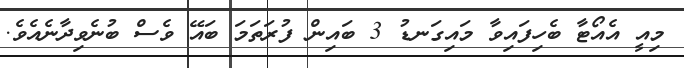
މިއީ އެއޯޓާ ބެހިފައިވާ މައިގަނޑު 3 ބައިން ފުރަތަމަ ބައޭ ވެސް ބުނެވިދާނެއެވެ.